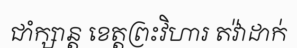
ជាំក្សាន្ត ខេត្តព្រះវិហារ តវ៉ាដាក់